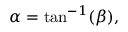
\alpha = \tan ^ { - 1 } ( \beta ) ,